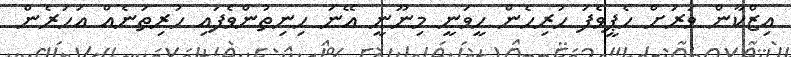
އިޒްކާން ވަރަށް ހެޕީވެފަ ހުރިހެން ހީވަނީ މިނޫނީ އޭނަ ހިނިތުންވެފައި ހުރިތަނެއް އަހަރެން